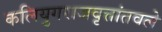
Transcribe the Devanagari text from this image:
कलियुगराजवृत्तांतवले